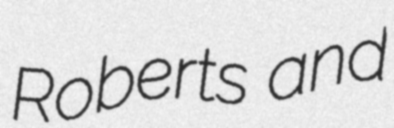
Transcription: Roberts and